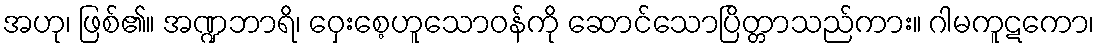
အဟု၊ ဖြစ်၏။ အဏ္ဍဘာရိ၊ ဝှေးစေ့ဟူသောဝန်ကို ဆောင်သောပြိတ္တာသည်ကား။ ဂါမကူဋကော၊